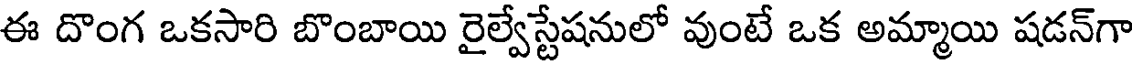
ఈ దొంగ ఒకసారి బొంబాయి రైల్వేస్టేషనులో వుంటే ఒక అమ్మాయి షడన్గా